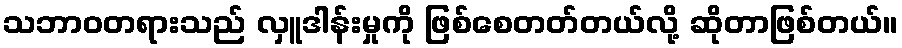
သဘာဝတရားသည် လှူဒါန်းမှုကို ဖြစ်စေတတ်တယ်လို့ ဆိုတာဖြစ်တယ်။